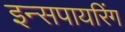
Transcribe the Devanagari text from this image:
इन्सपायरिंग